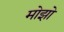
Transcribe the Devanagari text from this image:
मोझो